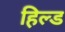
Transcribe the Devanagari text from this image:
हिल्ड